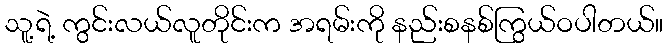
သူ့ရဲ့ ကွင်းလယ်လူတိုင်းက အရမ်းကို နည်းစနစ်ကြွယ်ဝပါတယ်။